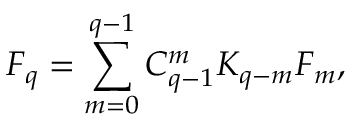
F _ { q } = \sum _ { m = 0 } ^ { q - 1 } C _ { q - 1 } ^ { m } K _ { q - m } F _ { m } ,